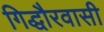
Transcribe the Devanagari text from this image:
गिद्धौरवासी